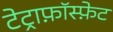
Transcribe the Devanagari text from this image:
टेट्राफ़ॉस्फ़ेट